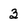
Character: 3